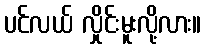
ပင်လယ် လှိုင်းမူးလို့လား။